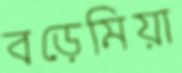
বড়েমিয়া